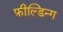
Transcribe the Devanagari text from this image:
फ़ील्डिन्ग